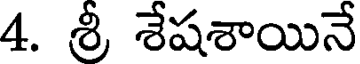
4. శ్రీ శేషశాయినే